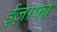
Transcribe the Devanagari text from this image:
ईज़ाफा